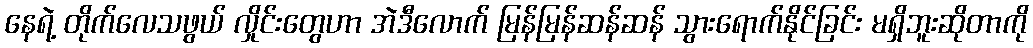
နေရဲ့ တိုက်လေသဖွယ် လှိုင်းတွေဟာ အဲဒီလောက် မြန်မြန်ဆန်ဆန် သွားရောက်နိုင်ခြင်း မရှိဘူးဆိုတာကို